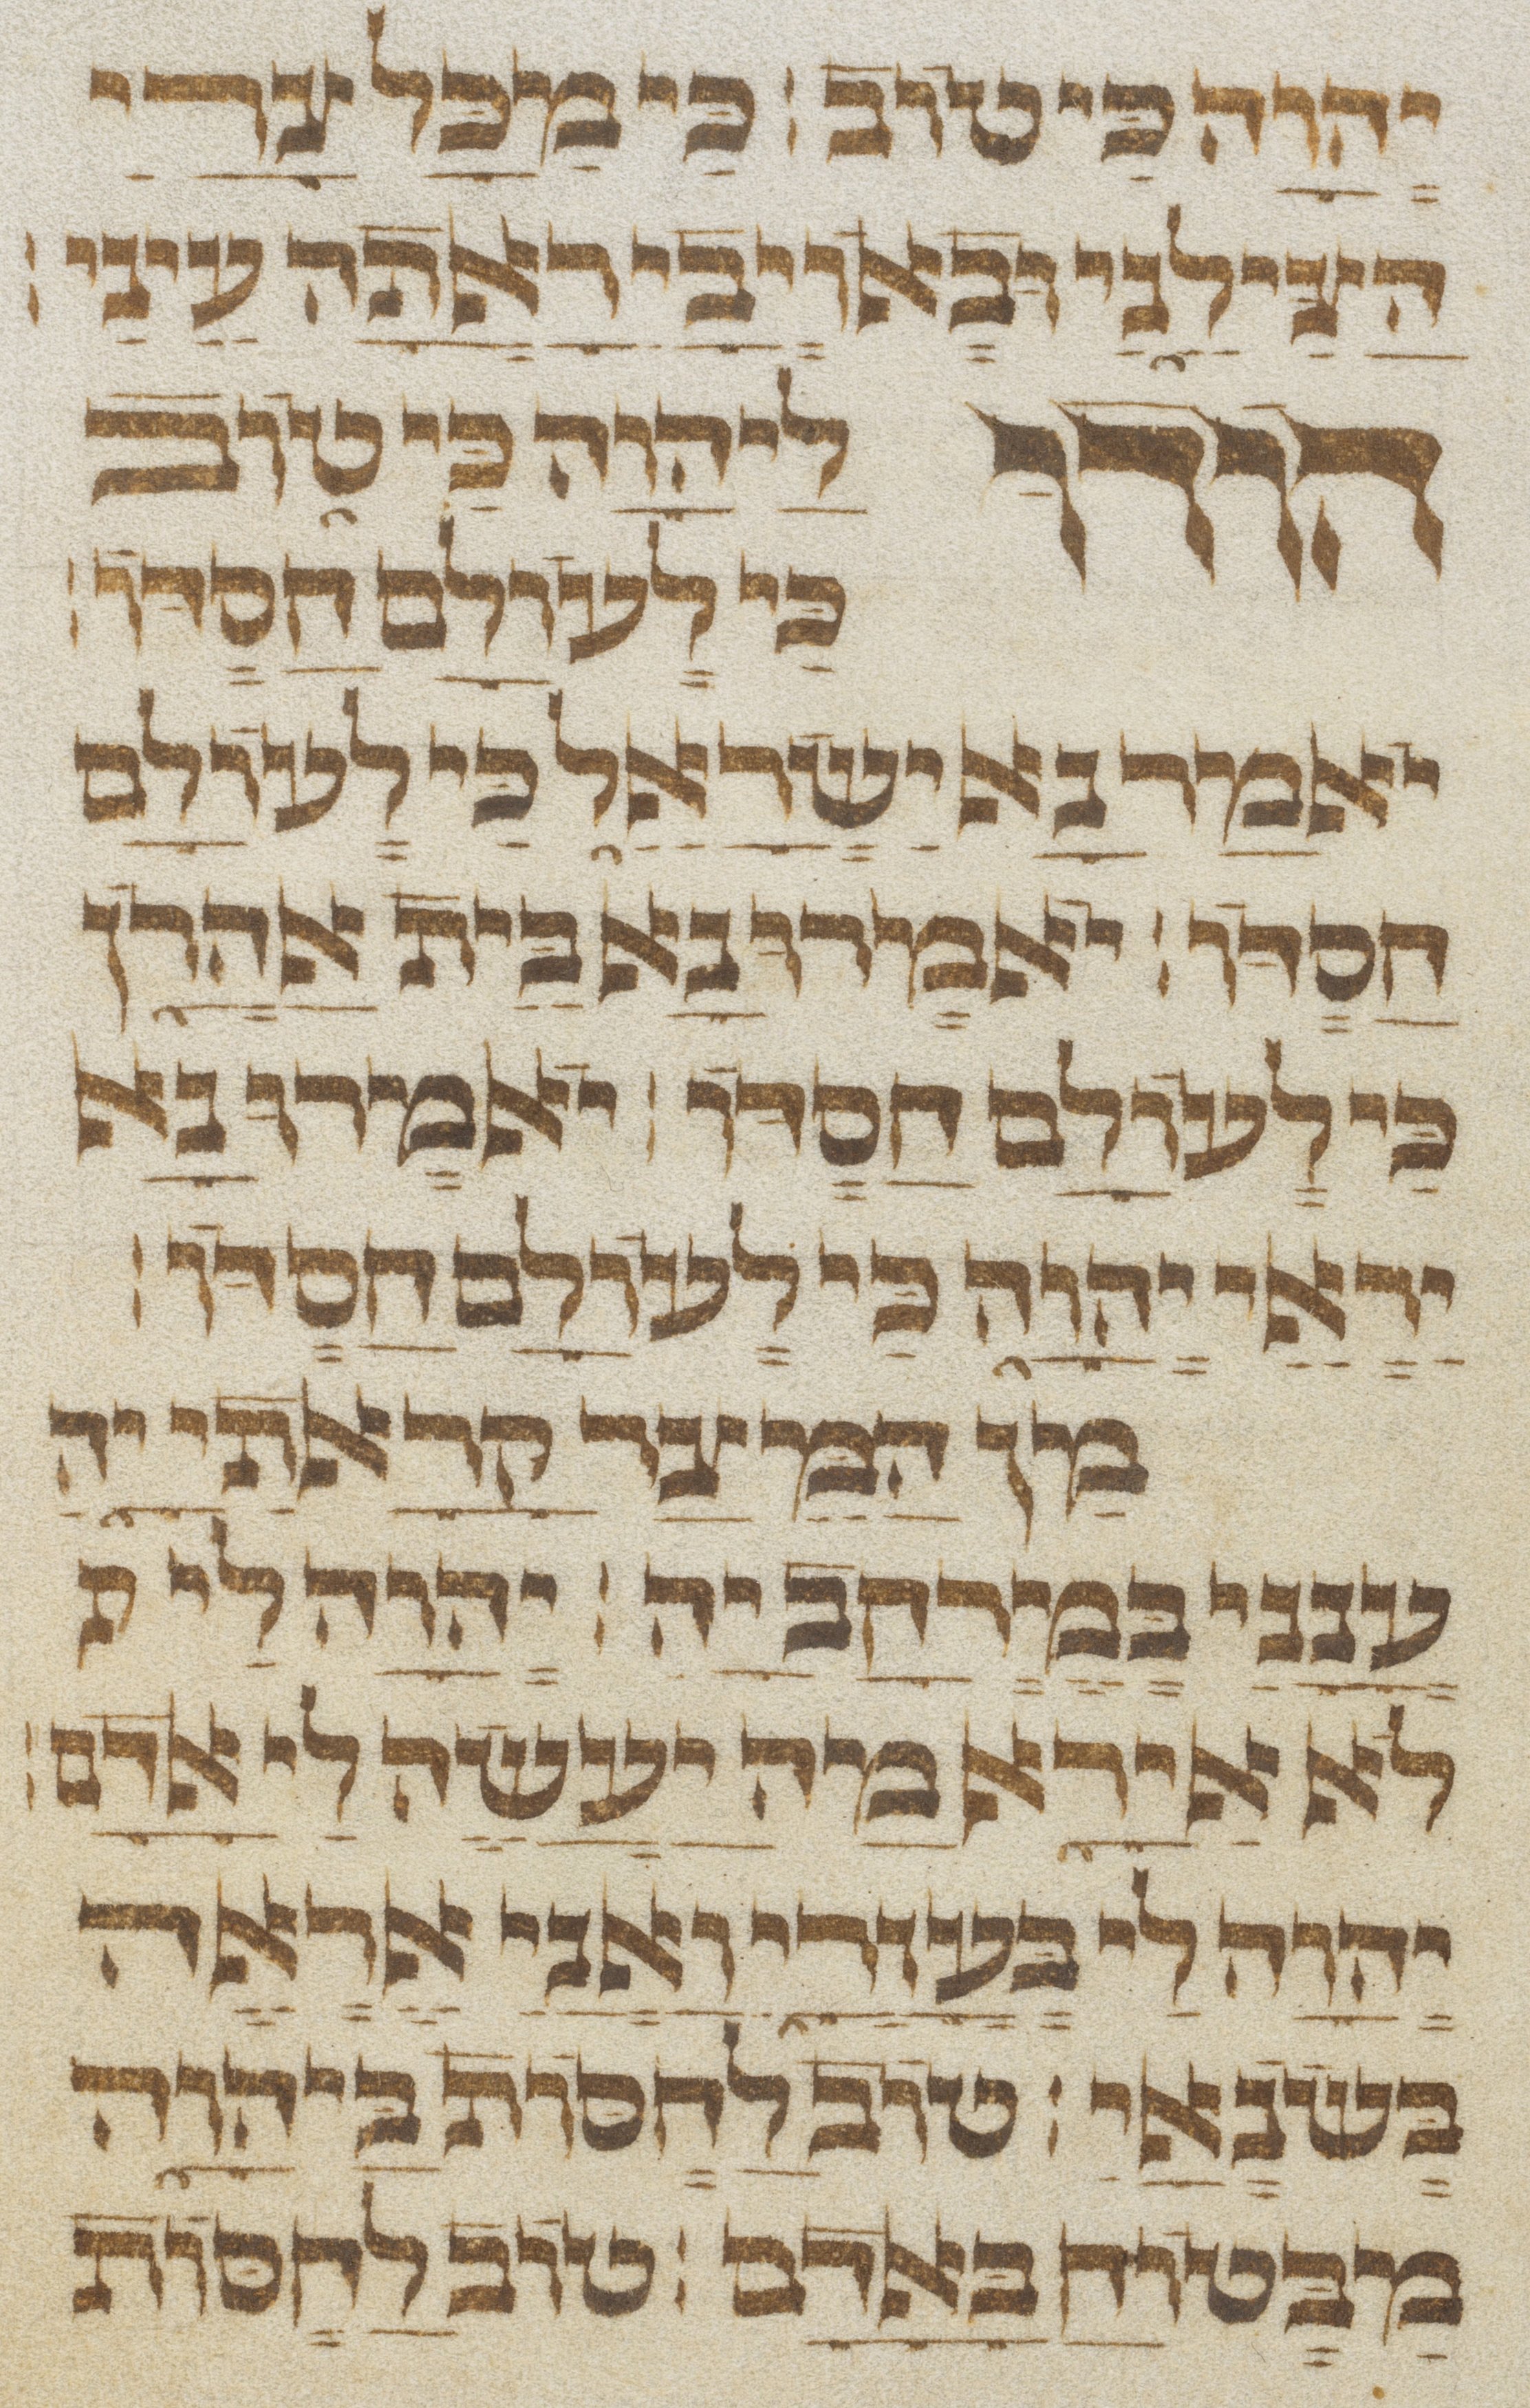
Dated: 1300–1499